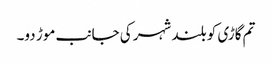
تم گاڑی کو بلند شہر کی جانب موڑ دو۔